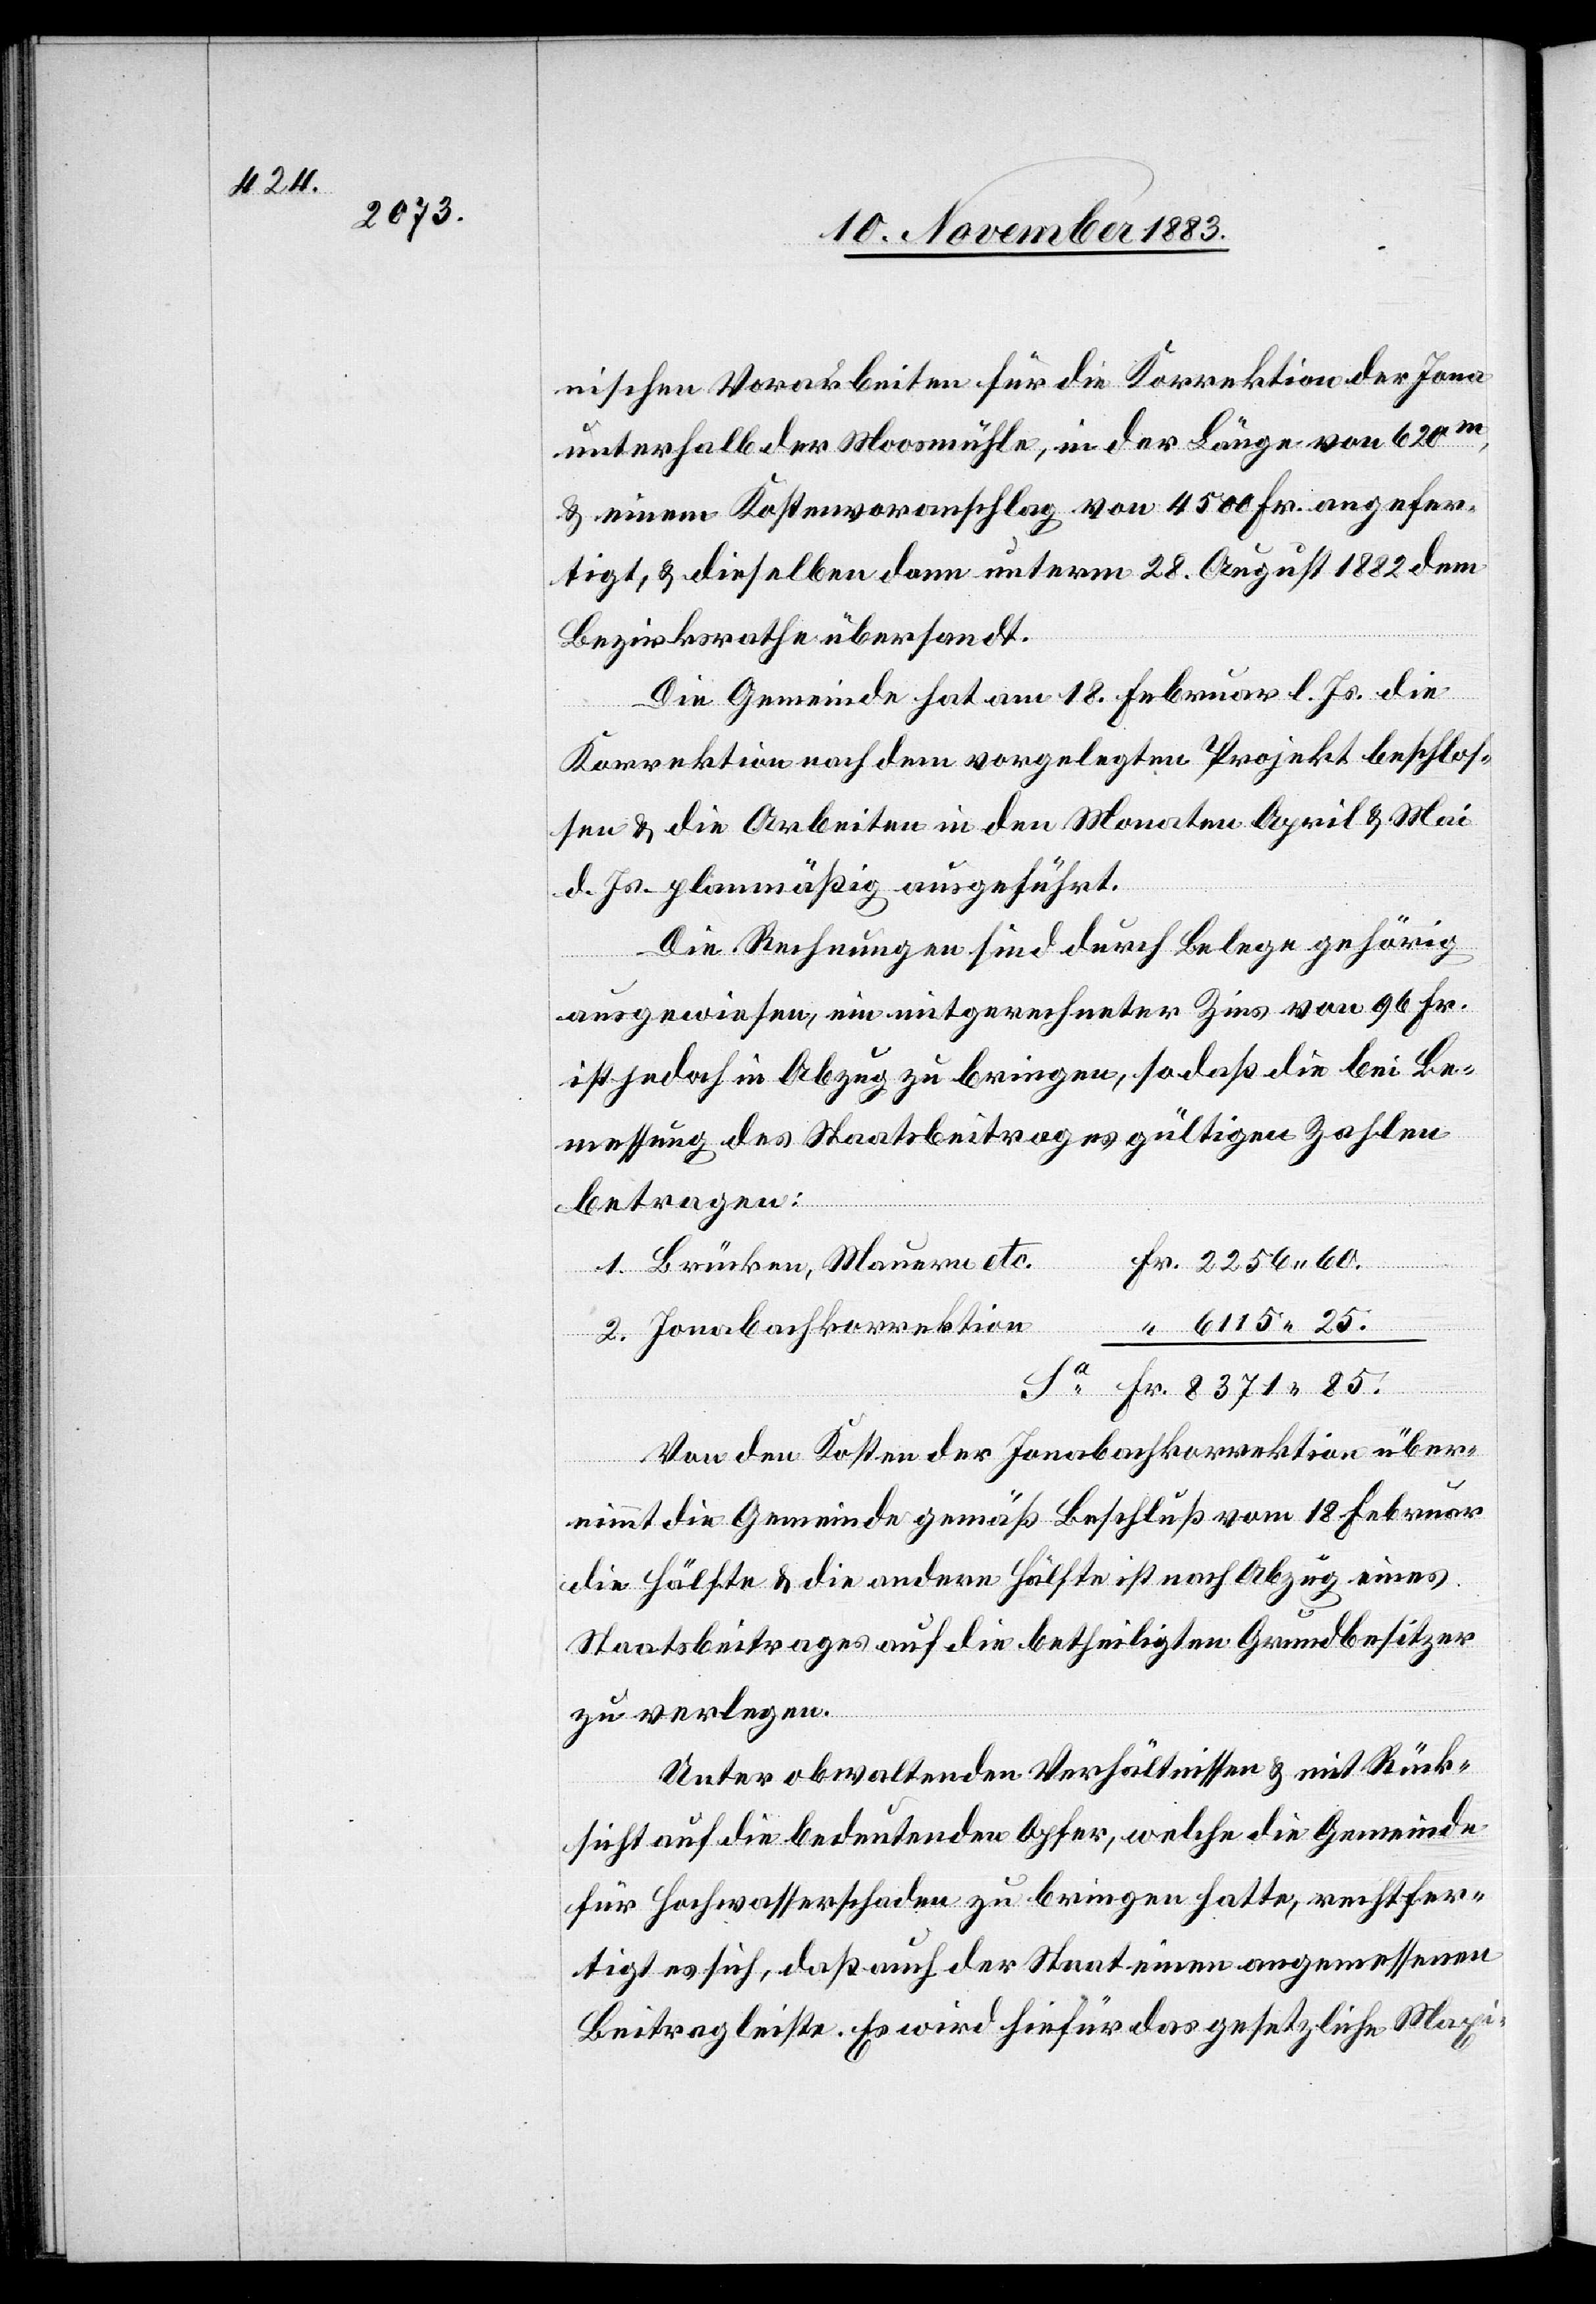
nischen Vorarbeiten für die Korrektion der Jona
unterhalb der Moosmühle, in der Länge von 620m,
& einem Kostenvoranschlag von 4500 Fr. angefer¬
tigt, & dieselben dann unterm 28. August 1882 dem
Bezirksrathe übersandt.
Die Gemeinde hat am 18. Februar l. Js die
Korrektion nach dem vorgelegten Projekt beschlos¬
sen & die Arbeiten in den Monaten April & Mai
d. Js planmäßig ausgeführt.
Die Rechnungen sind durch Belege gehörig
ausgewiesen, ein mitgerechneter Zins von 96 Fr.
ist jedoch in Abzug zu bringen, so daß die bei Be¬
messung des Staatsbeitrages gültigen Zahlen
betragen:
Brücken, Mauern etc.
Jonabachkorrektion
85.
Von den Kosten der Jonabachkorrektion über¬
nimmt die Gemeinde gemäß Beschluß vom 18. Februar
die Hälfte & die andere Hälfte ist nach Abzug eines
Staatsbeitrages auf die betheiligten Grundbesitzer
zu verlegen.
Unter obwaltenden Verhältnissen & mit Rück¬
sicht auf die bedeutenden Opfer, welche die Gemeinde
für Hochwasserschaden zu bringen hatte, rechtfer¬
tigt es sich, daß auch der Staat einen angemessenen
Beitrag leiste. Es wird hiefür das gesetzliche Maxi-